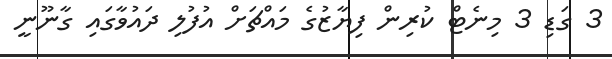
3 ގަޑި 3 މިނެޓް ކުރިން ފިޔާޒުގެ މައްޗަށް އުފުލި ދައުވާގައި ގާނޫނީ